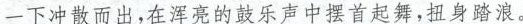
一下冲散而出出，在浑亮的鼓乐声中摆首起舞，扭身踏浪。